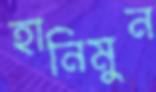
হানিমুন